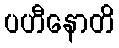
ပဟီနောတိ